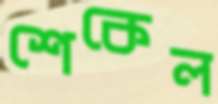
শেকেল